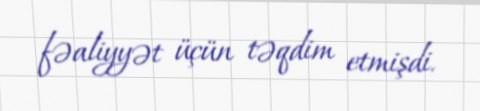
fəaliyyət üçün təqdim etmişdi.